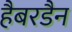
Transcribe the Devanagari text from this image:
हैबरडैन